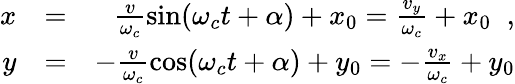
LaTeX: \begin{array}{rlr}{x}&{=}&{\frac{v}{\omega_{c}}\sin(\omega_{c}t+\alpha)+x_{0}=\frac{v_{y}}{\omega_{c}}+x_{0}\; \; ,}\\ {y}&{=}&{-\frac{v}{\omega_{c}}\cos(\omega_{c}t+\alpha)+y_{0}=-\frac{v_{x}}{\omega_{c}}+y_{0}}\end{array}